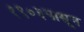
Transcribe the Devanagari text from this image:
१९०३पासून